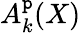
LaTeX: A_{k}^{\mathtt{p}}(X)